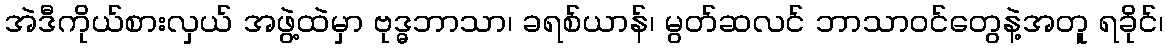
အဲဒီကိုယ်စားလှယ် အဖွဲ့ထဲမှာ ဗုဒ္ဓဘာသာ၊ ခရစ်ယာန်၊ မွတ်ဆလင် ဘာသာဝင်တွေနဲ့အတူ ရခိုင်၊